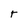
Character: r